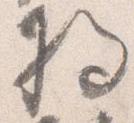
将